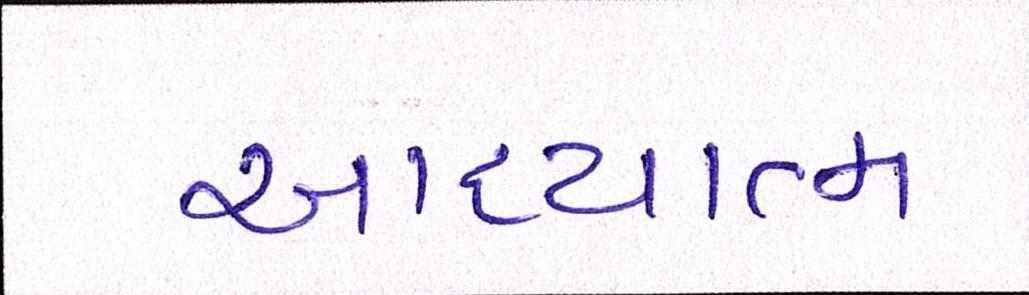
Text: આધ્યાત્મ